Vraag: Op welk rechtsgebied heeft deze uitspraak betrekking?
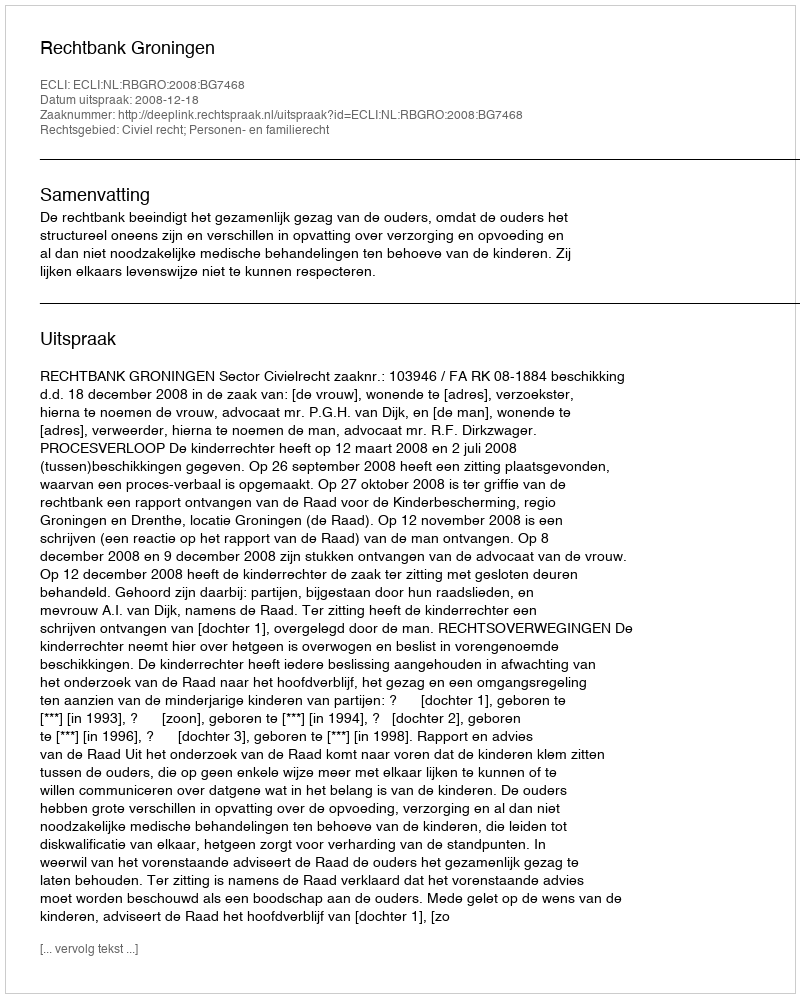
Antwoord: Civiel recht; Personen- en familierecht